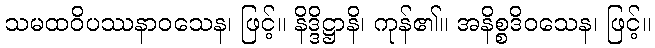
သမထဝိပဿနာဝသေန၊ ဖြင့်။ နိဒ္ဒိဋ္ဌာနိ၊ ကုန်၏။ အနိစ္စဒိဝသေန၊ ဖြင့်။